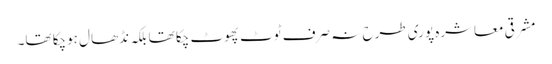
مشرقی معاشرہ پوری طرح نہ صرف ٹوٹ پھوٹ چکا تھا بلکہ نڈھال ہوچکا تھا۔